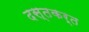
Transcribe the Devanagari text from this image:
दस्तकर्त